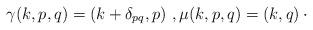
LaTeX: \begin{align*}\gamma(k,p,q) = (k+\delta_{pq},p)\,\,,\mu(k,p,q)=(k,q)\,\cdot\end{align*}